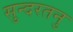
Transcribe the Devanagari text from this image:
सुन्दरतनु